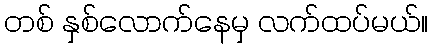
တစ် နှစ်လောက်နေမှ လက်ထပ်မယ်။